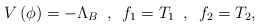
\begin{align*}V\left( \phi\right) = - \Lambda_B \,\,\, ,\,\,\, f_1 = T_1\,\,\, ,\,\,\, f_2 = T_2 ,\end{align*}